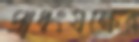
প্রাধংযক্ষের